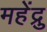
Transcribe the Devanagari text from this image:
महेंद्रु